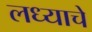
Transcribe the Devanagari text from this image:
लध्याचे